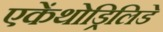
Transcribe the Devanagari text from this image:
एकेंथोड्रिलिडे